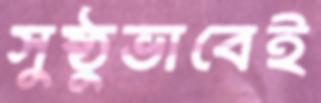
সুষ্ঠুভাবেই